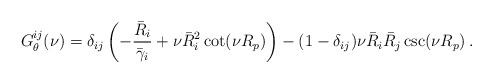
\begin{align*}G^{ij}_\theta(\nu) = \delta_{ij} \left( - \frac{\bar R_i}{\bar\gamma_i}+ \nu \bar R_i^2 \cot(\nu R_p) \right)- (1-\delta_{ij}) \nu \bar R_i \bar R_j \csc(\nu R_p) \,.\end{align*}